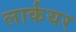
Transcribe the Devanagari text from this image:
लार्कयर